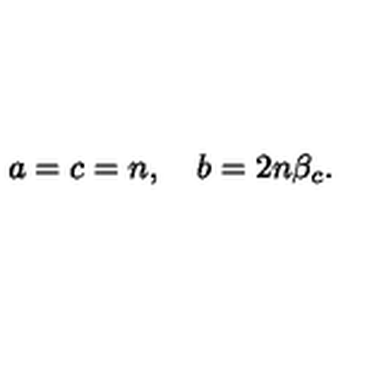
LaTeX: a = c = n , \quad b = 2 n \beta _ { c } .